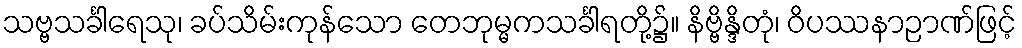
သဗ္ဗသင်္ခါရေသု၊ ခပ်သိမ်းကုန်သော တေဘုမ္မကသင်္ခါရတို့၌။ နိဗ္ဗိန္ဒိတုံ၊ ဝိပဿနာဉာဏ်ဖြင့်